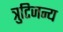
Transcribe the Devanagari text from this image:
त्रुटिजन्य